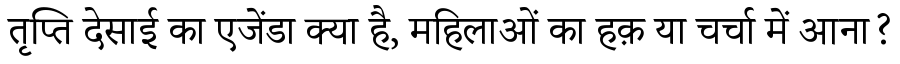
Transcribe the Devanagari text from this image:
तृप्ति देसाई का एजेंडा क्या है, महिलाओं का हक़ या चर्चा में आना?